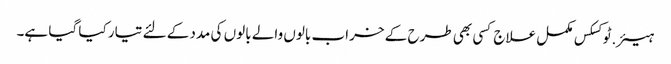
ہیئر.ٹوکسکس مکمل علاج کسی بھی طرح کے خراب بالوں والے بالوں کی مدد کے لئے تیار کیا گیا ہے۔